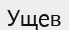
Ущев